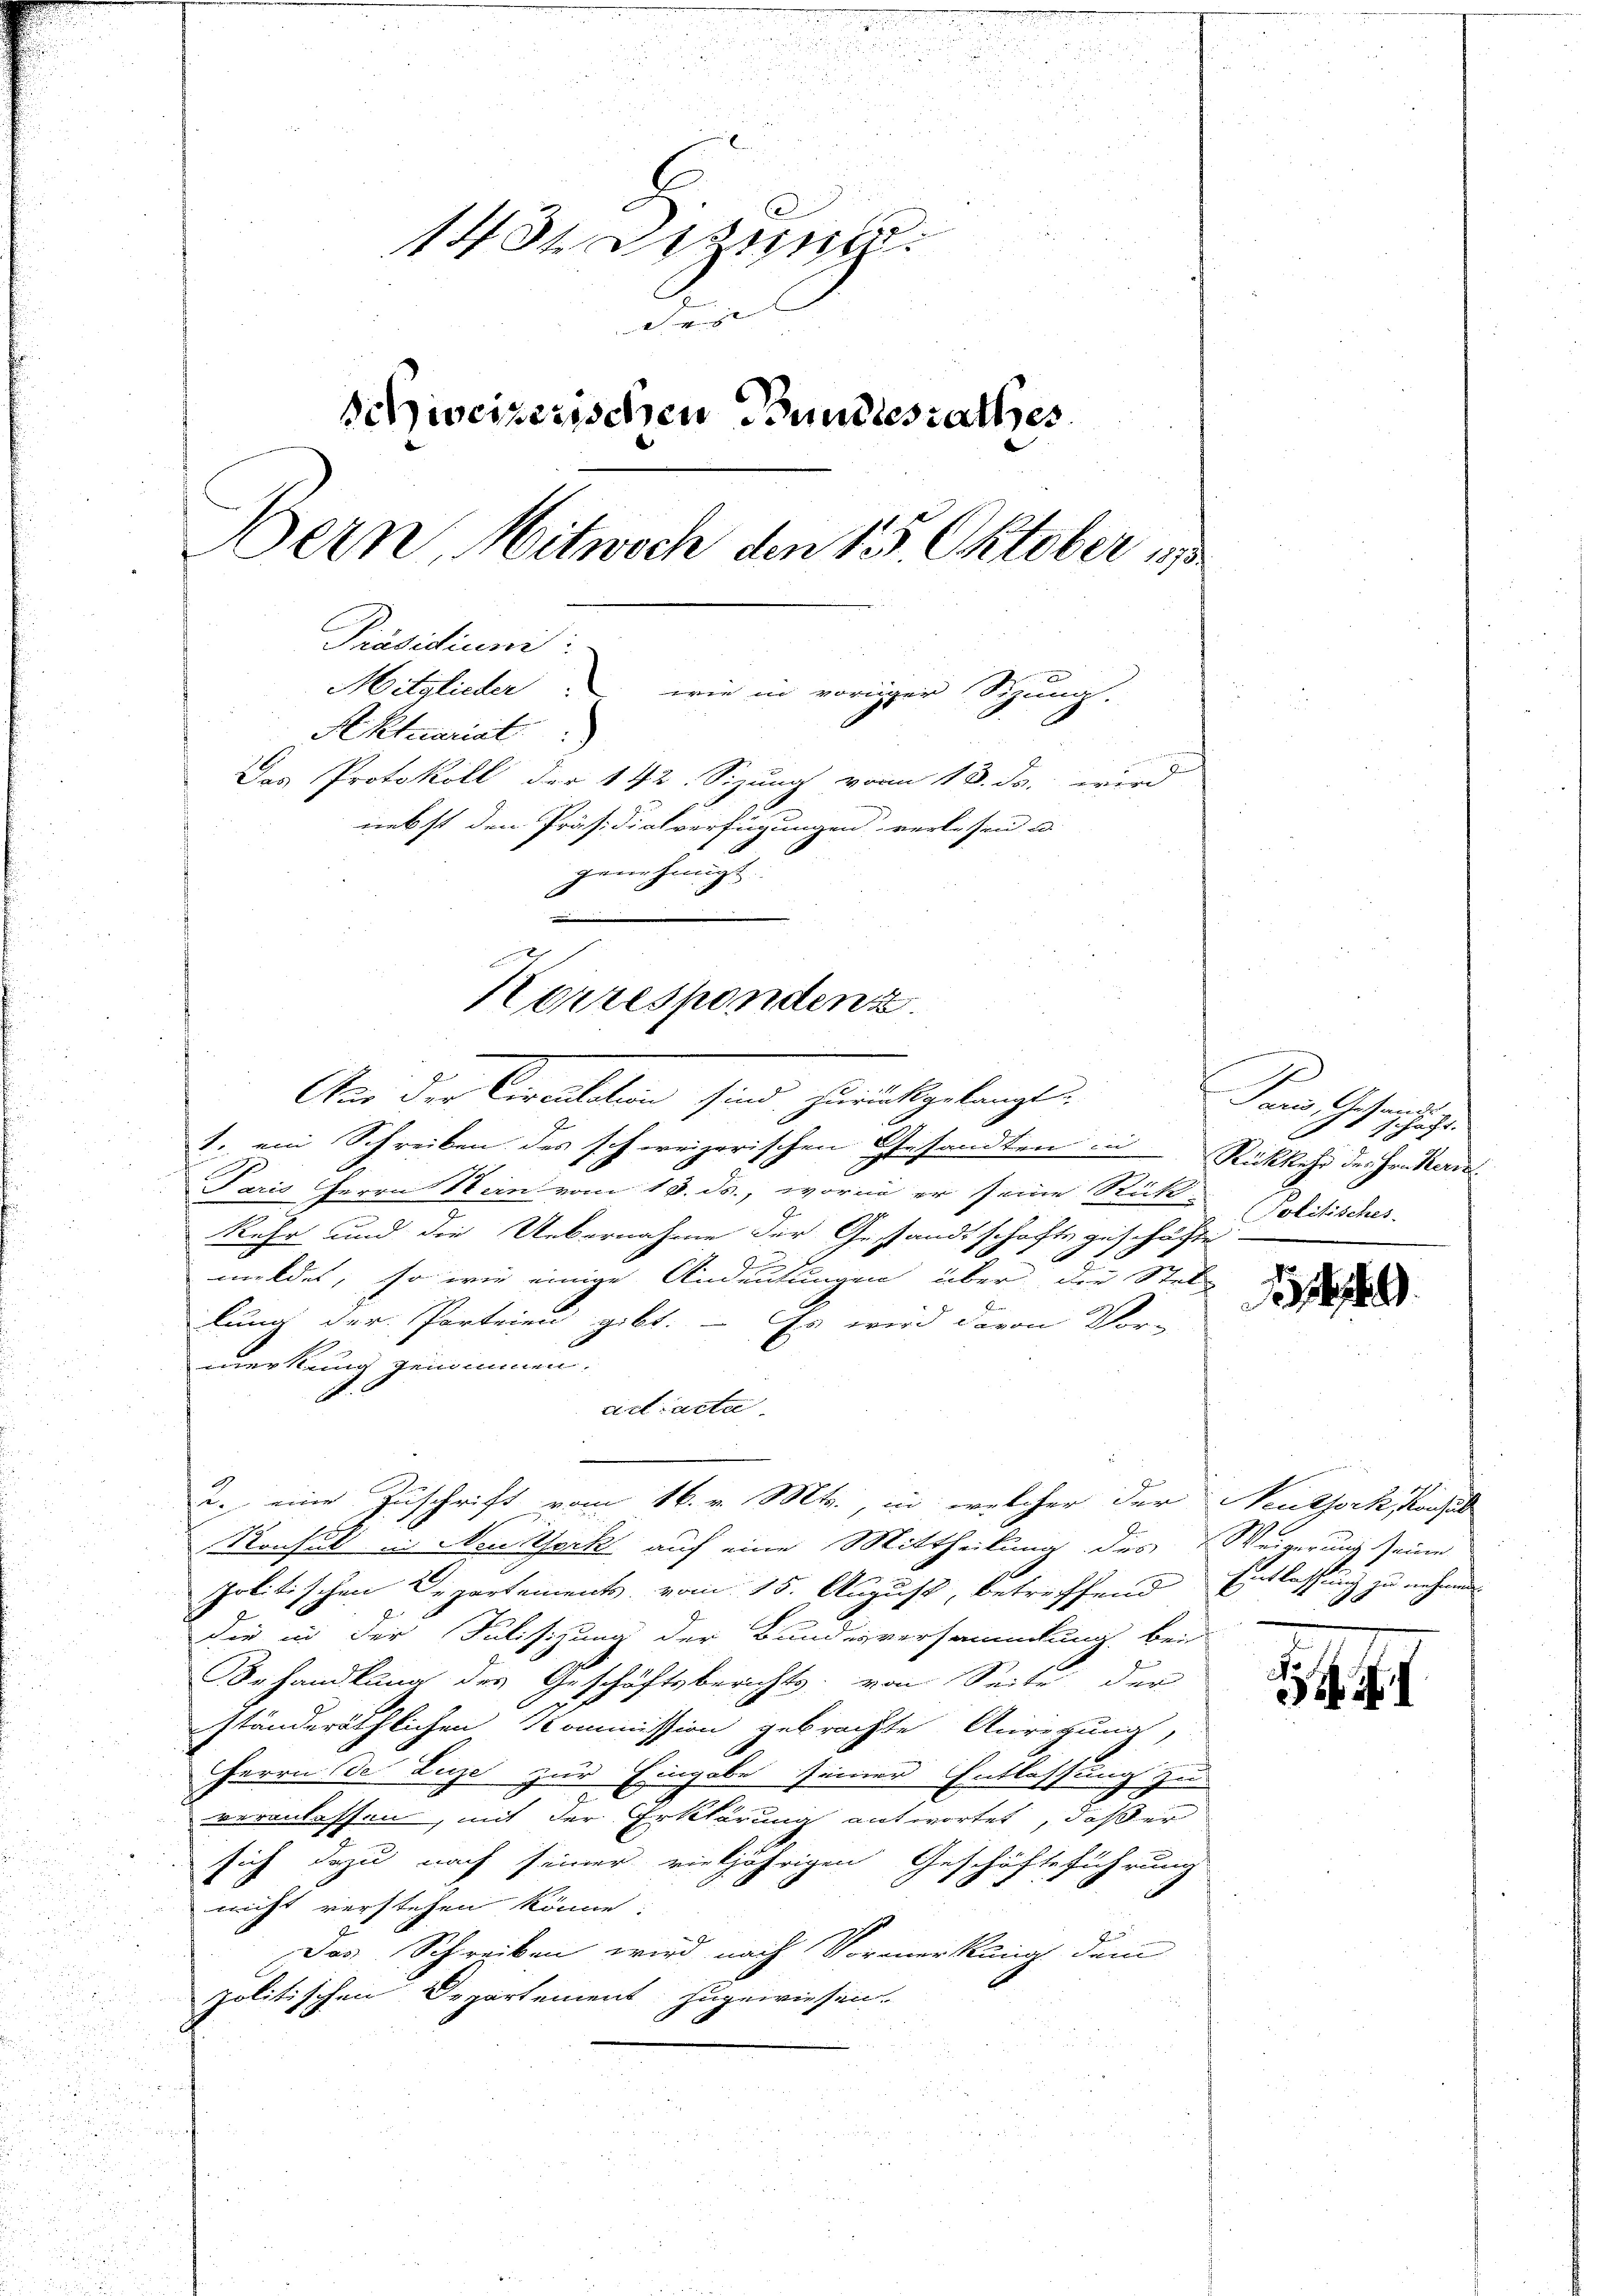
u
u
e
1434 dessung
de |
Schweizerischen Bundesrathes
Bern, Mitwoch den 15. Oktober 188
Präsidium:
Mitglieder wie in voriger Sizung.
Aktuariat
Das Protokoll der 142. Sizung vom 18. ds. wird
nebst den Präsidialverfügungen verlesen u.
genehmigt.

Korrespondenz
Aus der Caritation sind, zurückgelangt,

1. ein Schreiben des schweizerischen Gesandten in Rückkehr der Frikern
Paris Herrn Stern vom 13. ds., worin er seine Rück-
kehr und die Uebernahme der Gestandtschafte geschäfte
meldet, so wie einige Andeutungen über der Stel-
lung der Parteien gibt. – Es wird davon Vor-
merkung genommen.
cirt acta
.
2. eine Zuschrift vom 16. v. Mts., in welcher der Neuthork Kochil
Konsoll in Neustock auf eine Mittheilung des Weigerung seine
politischen Departements vom 15. August, betreffend Entlassung zu nehmen.
Die in der Fulisizung der Bundesversammlung bei
Behandlung des Geschäftsberichts von Seite der
ständeräthlichen Kommission gebrachte Anregung,
Herrn des Luzer zur Eingabe seiner Entlassung zu
veranlassen, mit der Erklärung antwortet, daß er
sich dazu nach seiner vieljährigen Geschäftsführung
nicht verstehen könne.
Das Schreiben wird nach Vormerkung dem
politischen Departement zugewiesen.
t

Dans Gesandt.
schaft.
F
Politisches

1819.